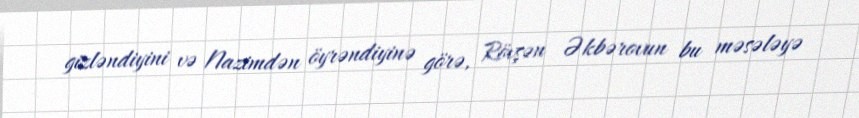
gizləndiyini və Nazimdən öyrəndiyinə görə, Rövşən Əkbərovun bu məsələyə